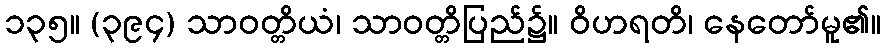
၁၃၅။ (၃၉၄) သာဝတ္တိယံ၊ သာဝတ္တိပြည်၌။ ဝိဟရတိ၊ နေတော်မူ၏။